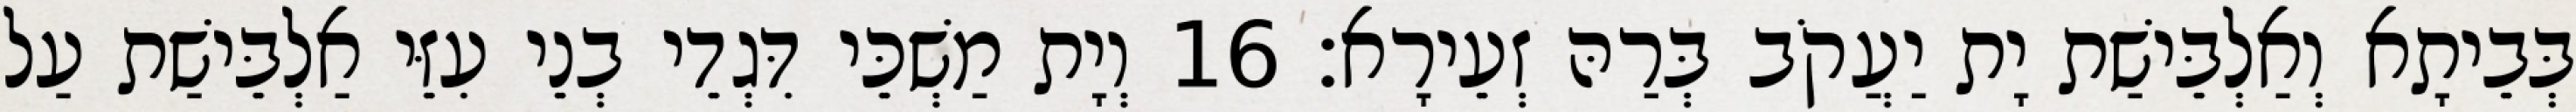
בְּבֵיתָא וְאַלְבֵּישַׁת יָת יַעֲקֹב בְּרַהּ זְעֵירָא׃ 16 וְיָת מַשְׁכֵּי דִּגְדֵי בְנֵי עִזֵּי אַלְבֵּישַׁת עַל